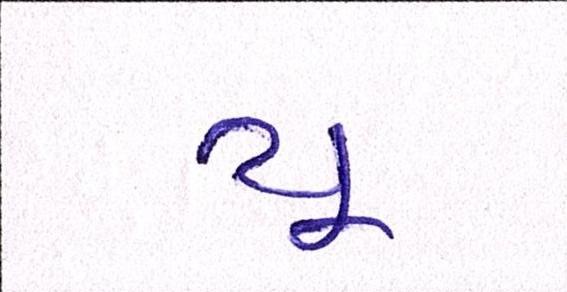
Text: યૂ